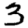
Digit: 3